Calcutta medical institutions reports 1871-78
Year: 1871
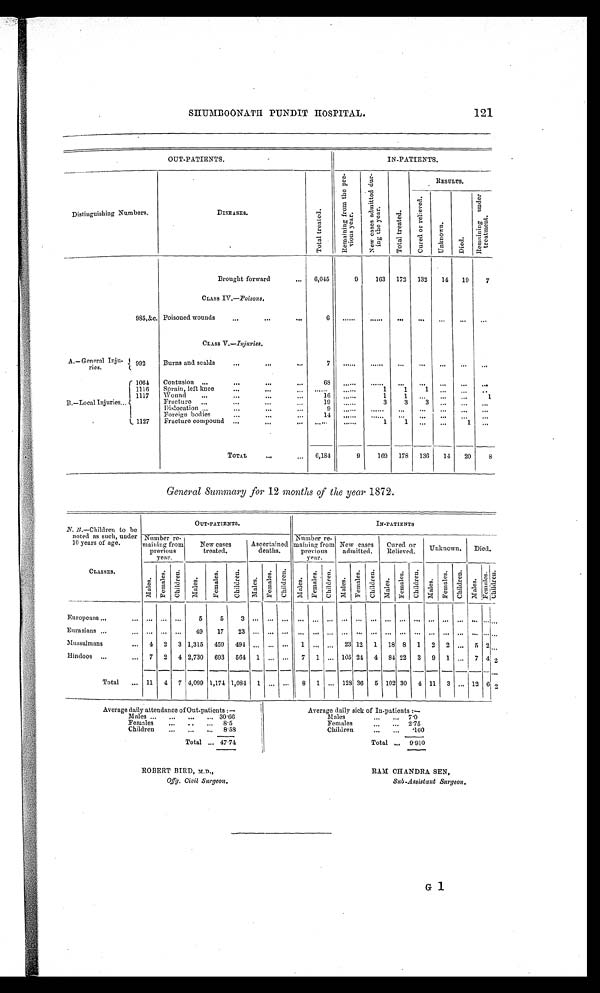
SHUMBOONATH PUNDIT HOSPITAL.
121
OUT-PATIENTS.
IN-PATIENTS.
Distinguishing Numbers.
DISEASES.
T o t a l t r e a t e d .
R e ma i n i n g f r o m t h e p r e -
vi ous year.
N e w c a s e s a d m i t t e d d u r -
i n g t h e y e a r .
T o t a l t r e a t e d .
RESULTS.
C u r e d o r r e l i e v e d .
U n k n o w n .
Died.
R e m a i n i n g u n d e r
t r e a t me n t .
Brought forward
6,045
9
163 172 132 14 19
7
CLASS IV.—Poisons.
985,&c. Poisoned wounds
6
. . . . . .
. . . . . . . . .
. . .
. . .
. . .
. . .
CLASS V.—Injuries.
A.—General Inju-
ries.
992
Burns and scalds
7
. . . . . .
. . . . . . . . .
. . .
. . .
. . .
. . .
B . — L o c a l I n j u r i e s
1064 Contusion
68
. . . . . .
. . . . . . . . .
. . .
. . .
. . .
. . .
1116
Spr ai n, l ef t knee
. . . . . . ......
1
1
1
. . .
. . .
. . .
1117 Wound
16 ......
1
1
. . .
. . .
. . . 1
Fracture
19
. . . . . .
3
3
3
. . .
. . .
. . .
Dislocation
9
. . . . . .
. . . . . .
. . .
. . .
. . .
. . .
. . .
Foreign bodies
14
. . . . . . ......
...
... ...
. . . . . .
1127 Fracture compound
. . . . . .
. . . . . .
1
1 . . .
...
1
. . .
TOTAL
6,184
9
169 178 136 14 20
8
General Summary for 12 months of the year 1872.
N. B.—Children to be
noted as such, under
10 years of age.
CLASSES.
OUT-PATIENTS.
IN-PATIENTS
Number re-
maining from
previous
year.
New cases
treated.
Ascertained
deaths.
Number re-
maining from
previous
year.
New cases
admitted.
Cured or
Relieved. Unknown. Died.
Ma l e s .
F e ma l e s . Ch i l d r e n .
Mal es .
F e ma l e s . Ch i l d r e n .
Ma l e s .
F e ma l e s . Ch i l d r e n .
Ma l e s .
F e ma l e s . Ch i l d r e n .
Ma l e s .
F e ma l e s .
Ch i l d r e n . Ma l e s .
F e ma l e s .
Ch i l d r e n . Mal es .
F e m a l e s . Ch i l d r e n .
Ma l e s .
F e ma l e s . C h i l d r e n .
Europeans
. . . ... ...
5
5
3 . . . . . . . . .
. . . . . . . . . . . . . . . . . . . . . . . . . . . . . . . . . . . . . . . . . . .
Eurasians
...
. . . . . .
4 9
1 7
2 3 . . . . . . . . .
. . . . . . . . . . . . . . . . . . . . . . . . . . . . . . . . . . . . . . . . . . . . .
Mussulmans
4 2 3 1,315 459 494 ... ... ... 1 ... . . . 23 12 1 18 8 1 2 2 ... 5 2 . . .
Hindoos
7 2 4 2,730 693 564 1 ... ... 7 1 ... 105 24 4 84 22 3 9 1
. . . 7 4 2
Total
11 4 7 4,099 1,174 1,084 1
. . . . . . 8 1
. . . 128 36 5 102 30 4 11 3 ... 12 6 2
Average daily attendance of Out-patients :—
Average daily sick of In-patients : —
Males
. . . ... ... 30.66
Males
. . . . . .
7 . 0
Females
... ...
... 8.5
Females
. . . . . .
2 . 7 5
Children ... ... ... 8.58
Children
... ... .160
Total ... 47.74
Total ... 9.910
ROBERT BIRD, M.D.,
RAM CHANDRA SEN,
Offg. Civil Surgeon. Sub-Assistant Surgeon.
G 1